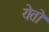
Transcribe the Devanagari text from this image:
येतॊ